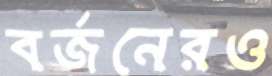
বর্জনেরও